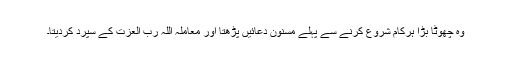
وہ چھوٹا بڑا ہرکام شروع کرنے سے پہلے مسنون دعائیں پڑھتا اور معاملہ اللہ رب العزت کے سپرد کردیتا۔